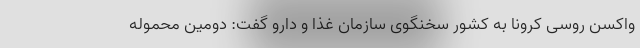
واکسن روسی کرونا به کشور سخنگوی سازمان غذا و دارو گفت: دومین محموله